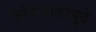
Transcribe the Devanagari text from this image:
लोकपालापुढे